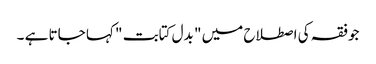
جوفقہ کی اصطلاح میں " بدل کتابت " کہا جاتا ہے ۔